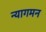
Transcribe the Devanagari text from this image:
न्यागमन